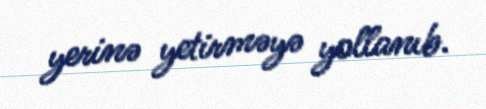
yerinə yetirməyə yollanıb.